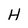
Character: H